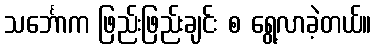
သင်္ဘောက ဖြည်းဖြည်းချင်း စ ရွေ့လာခဲ့တယ်။